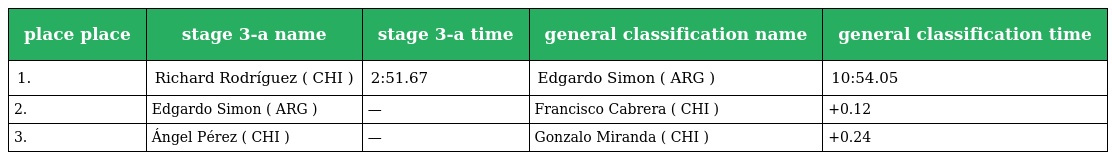
| place place | stage 3-a name | stage 3-a time | general classification name | general classification time |
 | --- | --- | --- | --- | --- |
 | 1. | Richard Rodríguez ( CHI ) | 2:51.67 | Edgardo Simon ( ARG ) | 10:54.05 |
 | 2. | Edgardo Simon ( ARG ) | — | Francisco Cabrera ( CHI ) | +0.12 |
 | 3. | Ángel Pérez ( CHI ) | — | Gonzalo Miranda ( CHI ) | +0.24 |